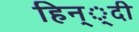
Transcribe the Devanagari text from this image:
हिन््दी